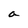
Character: a